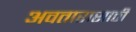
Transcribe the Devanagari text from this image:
अवतारासाठी